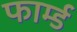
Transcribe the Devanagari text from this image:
फार्म्ड